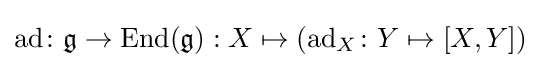
\mathrm {ad} \colon {\mathfrak {g}}\to \mathrm {End} ({\mathfrak {g}}):X\mapsto (\mathrm {ad} _{X}\colon Y\mapsto [X,Y])